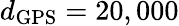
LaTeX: d_{\mathrm{GPS}}=20,000